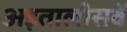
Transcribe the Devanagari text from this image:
अड़तालीसवें